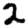
Digit: 2